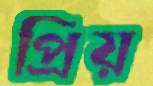
প্রিয়